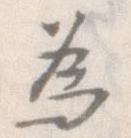
為